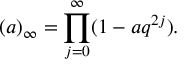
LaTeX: ( a ) _ { \infty } = \prod _ { j = 0 } ^ { \infty } ( 1 - a q ^ { 2 j } ) .